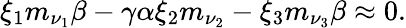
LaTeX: \xi_{1}m_{\nu_{1}}\beta-\gamma\alpha\xi_{2}m_{\nu_{2}}-\xi_{3}m_{\nu_{3}}\beta\approx 0.